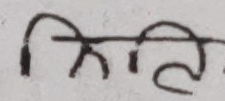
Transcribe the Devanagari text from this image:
निति